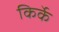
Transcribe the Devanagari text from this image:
किर्के